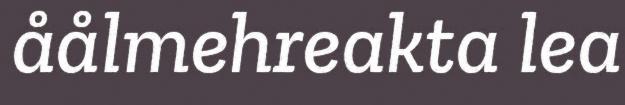
åålmehreakta lea